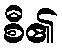
စီ၏